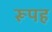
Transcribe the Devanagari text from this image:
रूपह